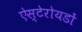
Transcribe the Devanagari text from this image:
ऐस्टेरोयडों